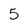
Character: 5